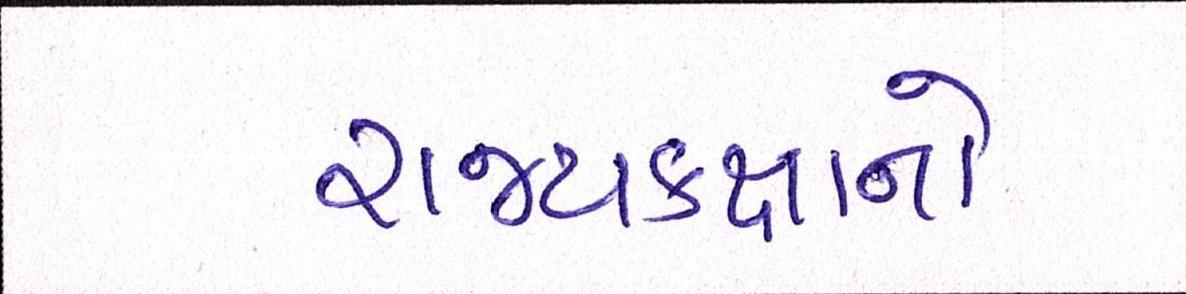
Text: રાજ્યકક્ષાનો